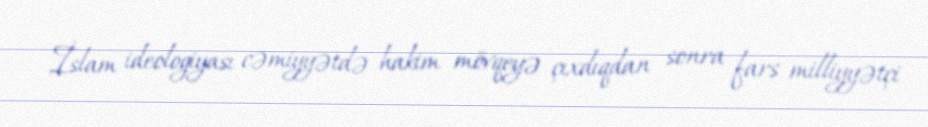
İslam ideologiyası cəmiyyətdə hakim mövqeyə çıxdıqdan sonra fars milliyyətçi